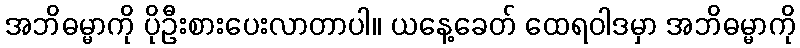
အဘိဓမ္မာကို ပိုဦးစားပေးလာတာပါ။ ယနေ့ခေတ် ထေရဝါဒမှာ အဘိဓမ္မာကို